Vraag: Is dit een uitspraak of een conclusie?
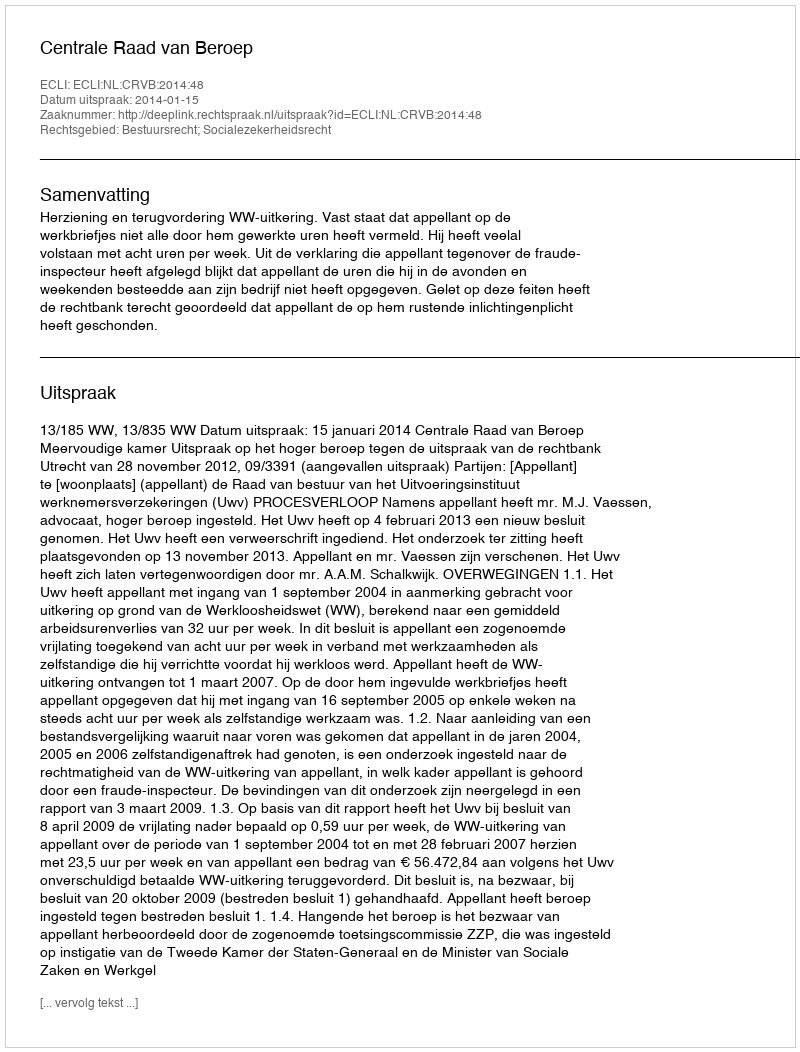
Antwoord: Uitspraak